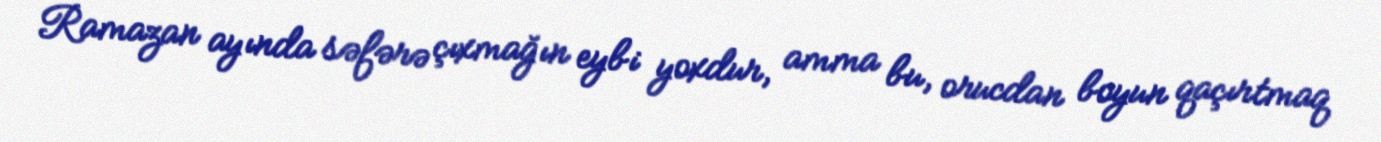
Ramazan ayında səfərə çıxmağın eybi yoxdur, amma bu, orucdan boyun qaçırtmaq